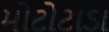
મોટોટાડા